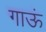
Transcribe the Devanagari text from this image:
गाऊं